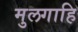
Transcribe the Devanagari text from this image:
मुलगाहि